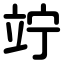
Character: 竚